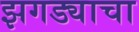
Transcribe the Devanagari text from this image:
झगड्याचा